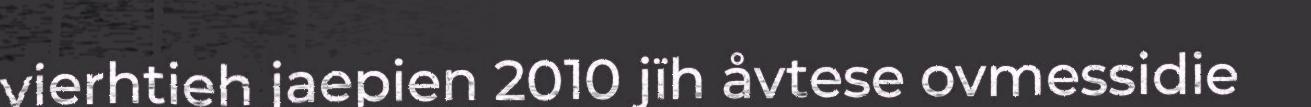
vierhtieh jaepien 2010 jïh åvtese ovmessidie